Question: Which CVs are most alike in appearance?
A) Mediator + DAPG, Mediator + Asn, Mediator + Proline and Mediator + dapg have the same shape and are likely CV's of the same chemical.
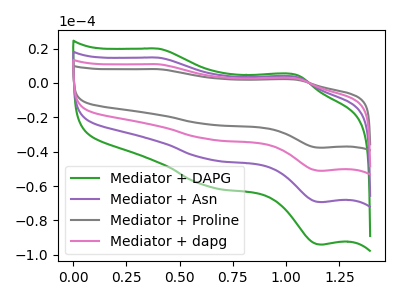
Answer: <think>The green curve "Mediator + DAPG" has anodic peaks at (0.40V, 19.90uA) (1.05V, 4.70uA) and cathodic peaks at (0.65V, -60.30uA) (1.15V, -94.00uA). The purple curve "Mediator + Asn" has anodic peaks at (0.40V, 14.65uA) (1.05V, 3.45uA) and cathodic peaks at (0.65V, -44.45uA) (1.15V, -69.30uA). The gray curve "Mediator + Proline" has anodic peaks at (0.40V, 44.00uA) (1.05V, 10.40uA) and cathodic peaks at (0.65V, -133.40uA) (1.15V, -207.95uA). The pink curve "Mediator + dapg" has anodic peaks at (0.40V, 29.35uA) (1.05V, 6.90uA) and cathodic peaks at (0.65V, -88.90uA) (1.15V, -138.65uA).
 All the peaks in "Mediator + DAPG" have a peak in "Mediator + Asn" at the same potential. Every peak in "Mediator + DAPG" is higher than every peak in "Mediator + Asn". All the peaks in "Mediator + DAPG" have a peak in "Mediator + Proline" at the same potential. Every peak in "Mediator + DAPG" is lower than every peak in "Mediator + Proline". All the peaks in "Mediator + DAPG" have a peak in "Mediator + dapg" at the same potential. Every peak in "Mediator + DAPG" is lower than every peak in "Mediator + dapg". All the peaks in "Mediator + Asn" have a peak in "Mediator + Proline" at the same potential. Every peak in "Mediator + Asn" is lower than every peak in "Mediator + Proline". All the peaks in "Mediator + Asn" have a peak in "Mediator + dapg" at the same potential. Every peak in "Mediator + Asn" is lower than every peak in "Mediator + dapg". All the peaks in "Mediator + Proline" have a peak in "Mediator + dapg" at the same potential. Every peak in "Mediator + Proline" is higher than every peak in "Mediator + dapg".</think>
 <answer>A) "Mediator + DAPG", "Mediator + Asn", "Mediator + Proline" and "Mediator + dapg" have the same shape and are likely CV's of the same chemical.</answer>
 <eval>A</eval>